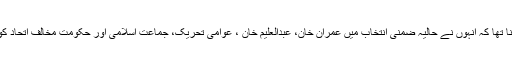
سردار ایاز صادق کا کہنا تھا کہ انہوں نے حالیہ ضمنی انتخاب میں عمران خان، عبدالعلیم خان ، عوامی تحریک، جماعت اسلامی اور حکومت مخالف اتحاد کو واضح شکست دی ہے۔